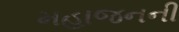
મહાજનની